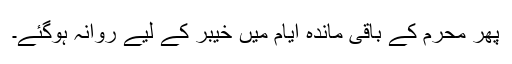
پھر محرم کے باقی ماندہ ایام میں خیبر کے لیے روانہ ہوگئے۔